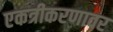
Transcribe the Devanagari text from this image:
एकत्रीकरणावर